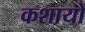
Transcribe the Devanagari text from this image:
कशायों